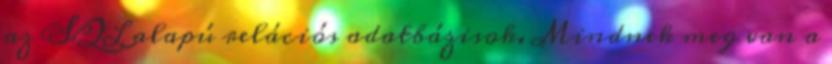
az SQL alapú relációs adatbázisok. Mindnek meg van a